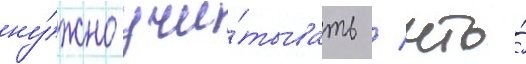
ну́жно учи́тывать / что́